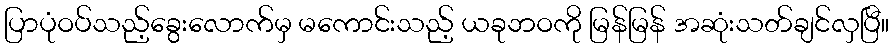
ပြာပုံဝပ်သည့်ခွေးလောက်မှ မကောင်းသည့် ယခုဘဝကို မြန်မြန် အဆုံးသတ်ချင်လှပြီ။